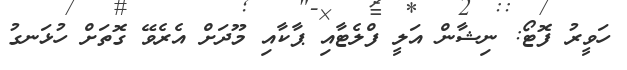
ހަވީރު ފޮޓޯ: ނިޝާން އަލީ ފްލެޓާއި ޕާކާއި މޫދަށް އެރެވޭ ގޮތަށް ހުޅަނގު